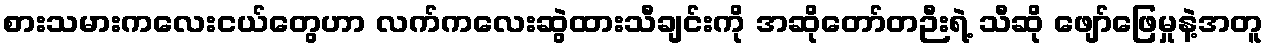
စားသမားကလေးငယ်တွေဟာ လက်ကလေးဆွဲထားသီချင်းကို အဆိုတော်တဉီးရဲ့ သီဆို ဖျော်ဖြေမှုနဲ့အတူ